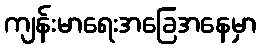
ကျန်းမာရေးအခြေအနေမှာ